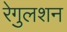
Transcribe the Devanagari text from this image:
रेगुलशन